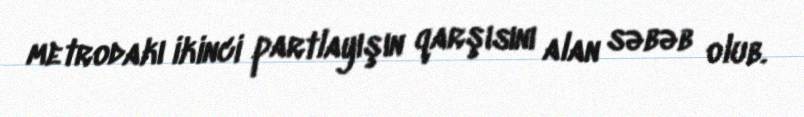
metrodakı ikinci partlayışın qarşısını alan səbəb olub.